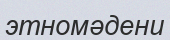
этномәдени